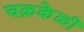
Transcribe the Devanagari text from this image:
चक्रकेळी